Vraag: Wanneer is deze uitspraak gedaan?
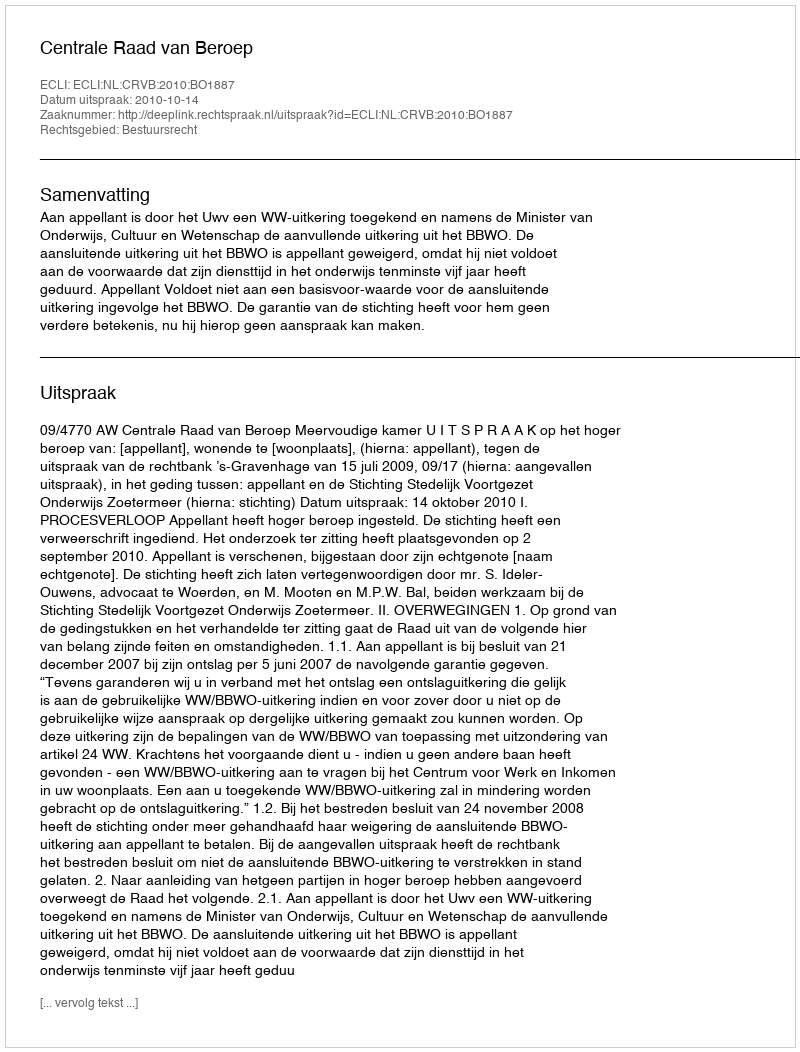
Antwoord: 2010-10-14